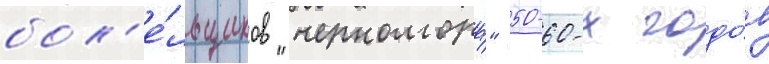
бол'е́льщиков "черноморца" 50-60-х годо́в